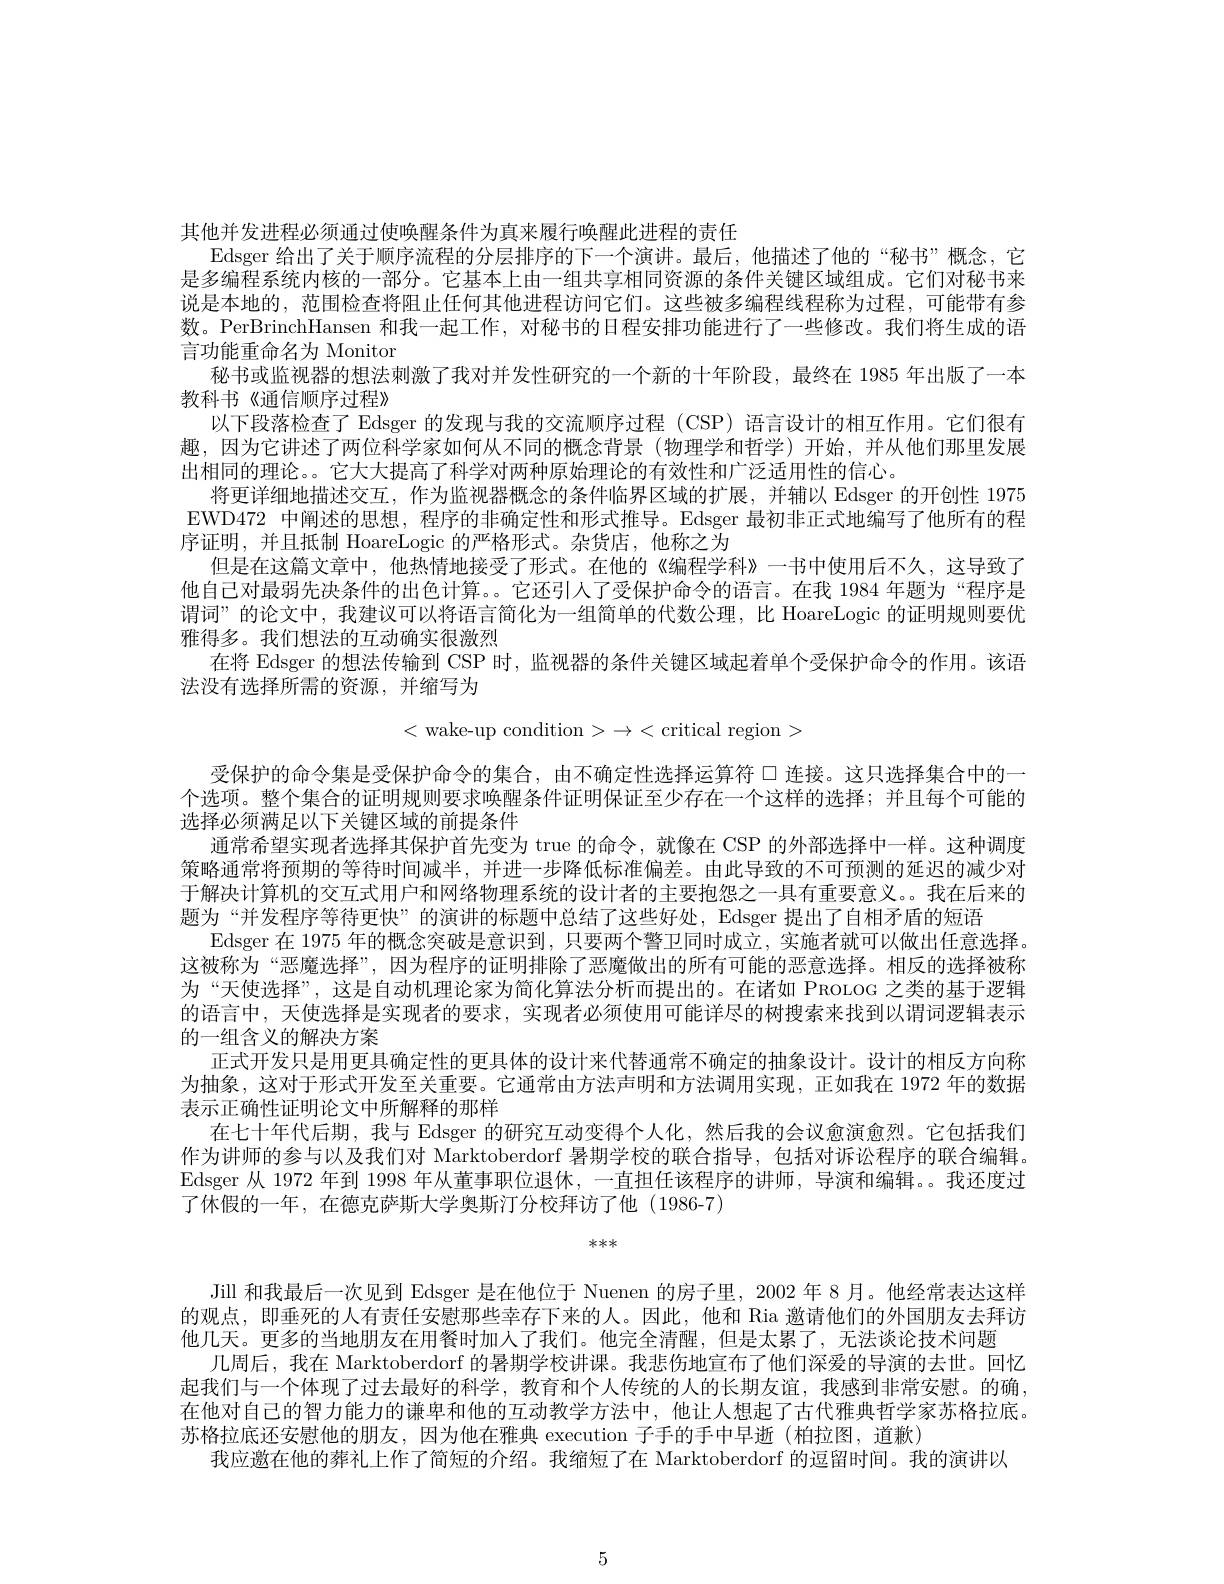
其他并发进程必须通过使唤醒条件为真来履行唤醒此进程的责任
Edsger 给出了关于顺序流程的分层排序的下一个演讲。最后，他描述了他的“秘书”概念，它是多编程系统内核的一部分。它基本上由一组共享相同资源的条件关键区域组成。它们对秘书来说是本地的，范围检查将阻止任何其他进程访问它们。这些被多编程线程称为过程，可能带有参数。PerBrinchHansen 和我一起工作，对秘书的日程安排功能进行了一些修改。我们将生成的语言功能重命名为 Monitor
秘书或监视器的想法刺激了我对并发性研究的一个新的十年阶段，最终在 1985 年出版了一本
教科书《通信顺序过程》
以下段落检查了 Edsger 的发现与我的交流顺序过程 (CSP) 语言设计的相互作用。它们很有趣，因为它讲述了两位科学家如何从不同的概念背景(物理学和哲学)开始，并从他们那里发展出相同的理论。它大大提高了科学对两种原始理论的有效性和广泛适用性的信心。
将更详细地描述交互，作为监视器概念的条件临界区域的扩展，并辅以 Edsger 的开创性 1975 EWD472 中阐述的思想，程序的非确定性和形式推导。Edsger 最初非正式地编写了他所有的程序证明，并且抵制 HoareLogic 的严格形式。杂货店，他称之为
但是在这篇文章中，他热情地接受了形式。在他的《编程学科》一书中使用后不久，这导致了他自己对最弱先决条件的出色计算。。它还引人了受保护命令的语言。在我 1984 年题为 “程序是谓词”的论文中，我建议可以将语言简化为一组简单的代数公理，比 HoareLogic 的证明规则要优雅得多。我们想法的互动确实很激烈
在将 Edsger 的想法传输到 CSP 时，监视器的条件关键区域起着单个受保护命令的作用。该语
法没有选择所需的资源，并缩写为
$$<\text{wake-up condition}>\to<\text{critical region}>$$
受保护的命令集是受保护命令的集合，由不确定性选择运算符 口 连接。这只选择集合中的一个选项。整个集合的证明规则要求唤醒条件证明保证至少存在一个这样的选择；并且每个可能的选择必须满足以下关键区域的前提条件
通常希望实现者选择其保护首先变为 true 的命令，就像在 CSP 的外部选择中一样。这种调度策略通常将预期的等待时间减半，并进一步降低标准偏差。由此导致的不可预测的延迟的减少对于解决计算机的交互式用户和网络物理系统的设计者的主要抱怨之一具有重要意义。我在后来的题为“并发程序等待更快”的演讲的标题中总结了这些好处，Edsger 提出了自相矛盾的短语
Edsger 在 1975 年的概念突破是意识到，只要两个警卫同时成立，实施者就可以做出任意选择。这被称为“恶魔选择”,因为程序的证明排除了恶魔做出的所有可能的恶意选择。相反的选择被称为“天使选择”,这是自动机理论家为简化算法分析而提出的。在诸如 PROLOG 之类的基于逻辑的语言中，天使选择是实现者的要求，实现者必须使用可能详尽的树搜索来找到以谓词逻辑表示的一组含义的解决方案
正式开发只是用更具确定性的更具体的设计来代替通常不确定的抽象设计。设计的相反方向称为抽象，这对于形式开发至关重要。它通常由方法声明和方法调用实现，正如我在 1972 年的数据表示正确性证明论文中所解释的那样
在七十年代后期，我与 Edsger 的研究互动变得个人化，然后我的会议愈演愈烈。它包括我们作为讲师的参与以及我们对 Marktoberdorf 暑期学校的联合指导，包括对诉讼程序的联合编辑Edsger 从 1972 年到 1998 年从董事职位退休，一直担任该程序的讲师，导演和编辑。。我还度过了休假的一年，在德克萨斯大学奥斯汀分校拜访了他(1986-7)

***

Jill 和我最后一次见到 Edsger 是在他位于 Nuenen 的房子里，2002 年 8 月。他经常表达这样的观点，即垂死的人有责任安慰那些幸存下来的人。因此，他和 Ria 邀请他们的外国朋友去拜访他几天。更多的当地朋友在用餐时加人了我们。他完全清醒，但是太累了，无法谈论技术问题
几周后，我在 Marktoberdorf 的暑期学校讲课。我悲伤地宣布了他们深爱的导演的去世。回忆起我们与一个体现了过去最好的科学，教育和个人传统的人的长期友谊，我感到非常安慰。的确， 在他对自己的智力能力的谦卑和他的互动教学方法中，他让人想起了古代雅典哲学家苏格拉底。苏格拉底还安慰他的朋友，因为他在雅典 execution 子手的手中早逝(柏拉图，道歉)
我应邀在他的葬礼上作了简短的介绍。我缩短了在 Marktoberdorf 的逗留时间。我的演讲以

5